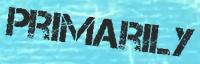
PRIMARILY